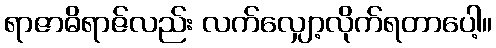
ရာဇာဓိရာဇ်လည်း လက်လျှော့လိုက်ရတာပေါ့။